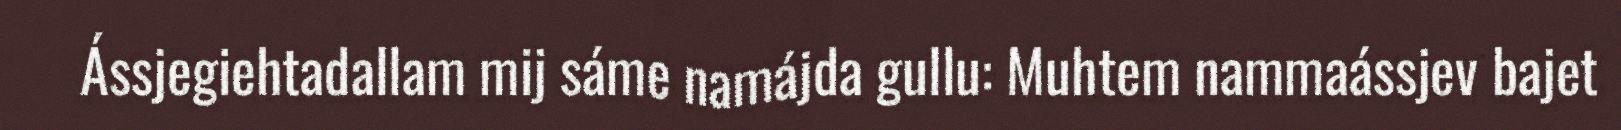
Ássjegiehtadallam mij sáme namájda gullu: Muhtem nammaássjev bajet